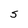
Character: S